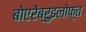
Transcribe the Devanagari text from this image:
बोएरेंब्रुइलोफ़्त